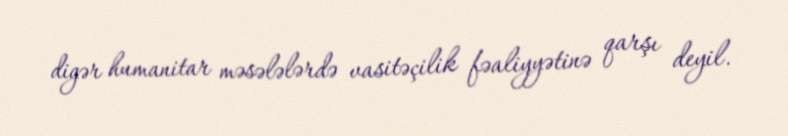
digər humanitar məsələlərdə vasitəçilik fəaliyyətinə qarşı deyil.